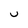
Character: U